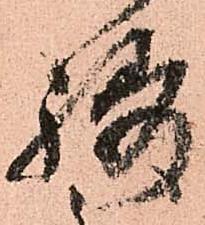
祷